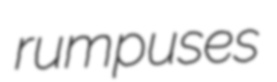
rumpuses